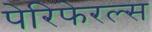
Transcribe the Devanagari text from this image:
पेरिफेरल्स